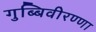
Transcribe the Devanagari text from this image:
गुब्बिवीरण्णा